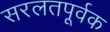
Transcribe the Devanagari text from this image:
सरलतपूर्वक